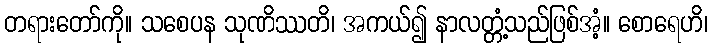
တရားတော်ကို။ သစေပန သုဏိဿတိ၊ အကယ်၍ နာလတ္တံ့သည်ဖြစ်အံ့။ စောရေဟိ၊